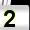
Digit: 2